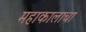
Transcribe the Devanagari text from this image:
महाकालाचा